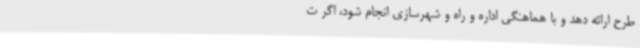
طرح ارائه دهد و با هماهنگی اداره و راه و شهرسازی انجام شود، اگر ت